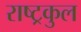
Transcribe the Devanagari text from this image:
राष्‍ट्रकुल